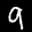
Label: 9